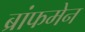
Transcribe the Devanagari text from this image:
ब्रांफमेन